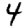
Digit: 4